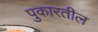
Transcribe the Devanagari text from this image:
पुकारतील